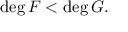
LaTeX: \deg F < \deg G .